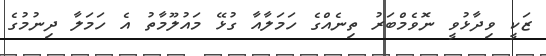
ޒަކީ ވިދާޅުވީ ނޮވެމްބަރު ތިނެއްގެ ހަމަލާއާ ގުޅޭ މައުލޫމާތު އެ ހަމަލާ ދިނުމުގެ